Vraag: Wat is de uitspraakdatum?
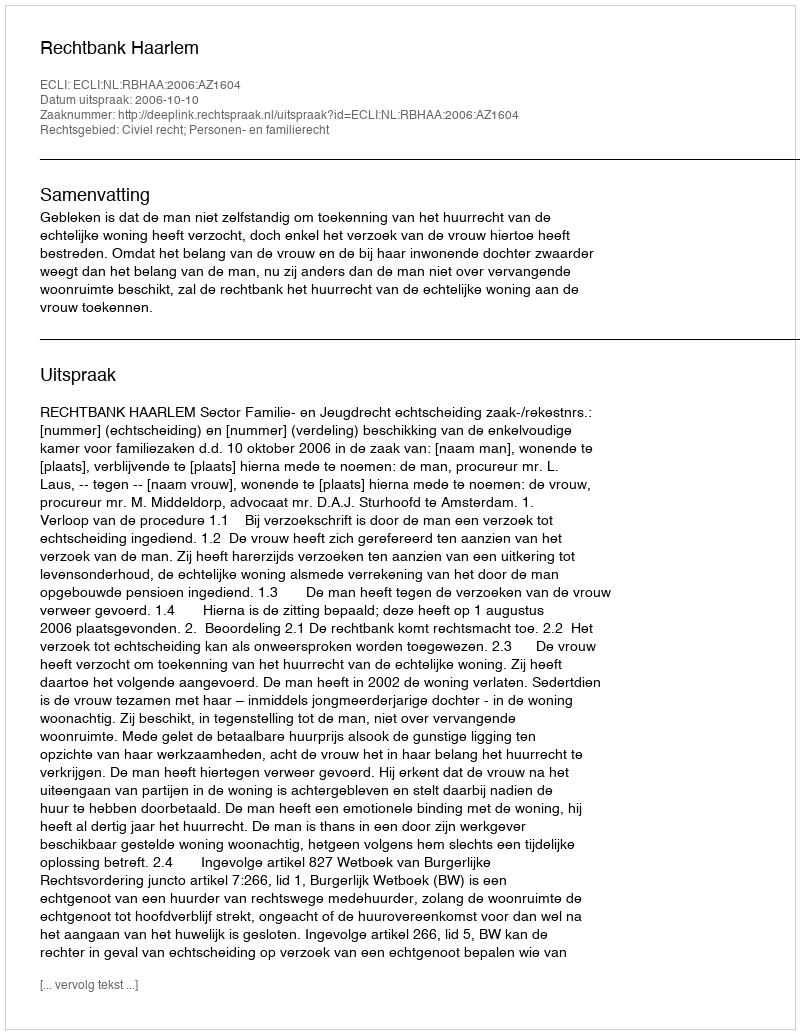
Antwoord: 2006-10-10